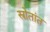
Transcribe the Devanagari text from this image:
स्रोतांत